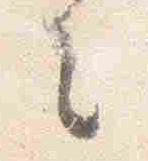
之